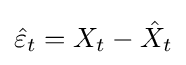
{\hat {\varepsilon }}_{t}=X_{t}-{\hat {X}}_{t}